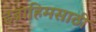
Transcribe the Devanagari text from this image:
इब्राहिमसाठी